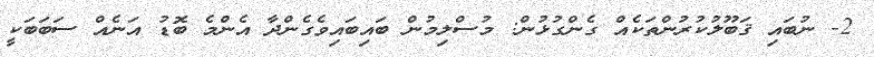
2- ނުބައި ޤަބޫލުކުރުންތަކެއް ގެންގުޅުން: މުސްލިމުން ބައިބައިވެގެންދާ އެންމެ ބޮޑު އަނެއް ސަބަބަކީ